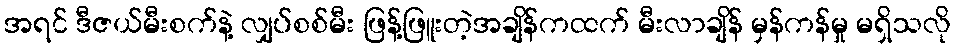
အရင် ဒီဇယ်မီးစက်နဲ့ လျှပ်စစ်မီး ဖြန့်ဖြူးတဲ့အချိန်ကထက် မီးလာချိန် မှန်ကန်မှု မရှိသလို